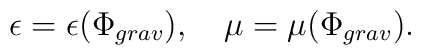
\epsilon =\epsilon (\Phi _{grav}),\quad \mu =\mu (\Phi _{grav}).